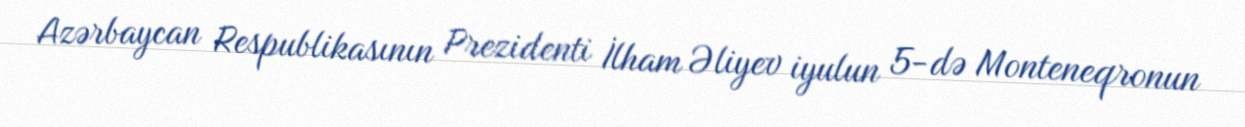
Azərbaycan Respublikasının Prezidenti İlham Əliyev iyulun 5-də Monteneqronun